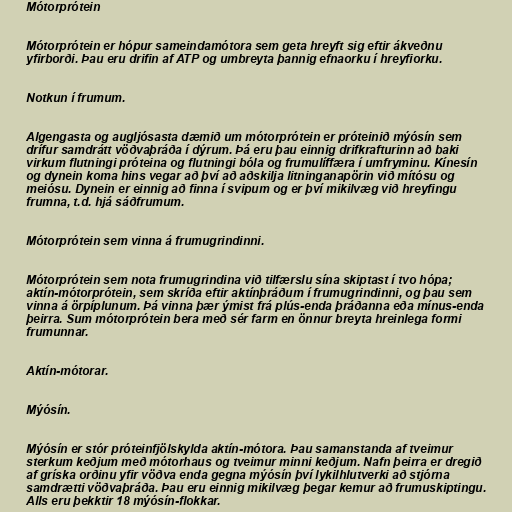
Mótorprótein

Mótorprótein er hópur sameindamótora sem geta hreyft sig eftir ákveðnu
yfirborði. Þau eru drifin af ATP og umbreyta þannig efnaorku í hreyfiorku.

Notkun í frumum.

Algengasta og augljósasta dæmið um mótorprótein er próteinið mýósín sem
drífur samdrátt vöðvaþráða í dýrum. Þá eru þau einnig drifkrafturinn að baki
virkum flutningi próteina og flutningi bóla og frumulíffæra í umfryminu. Kínesín
og dynein koma hins vegar að því að aðskilja litninganapörin við mítósu og
meiósu. Dynein er einnig að finna í svipum og er því mikilvæg við hreyfingu
frumna, t.d. hjá sáðfrumum.

Mótorprótein sem vinna á frumugrindinni.

Mótorprótein sem nota frumugrindina við tilfærslu sína skiptast í tvo hópa;
aktín-mótorprótein, sem skríða eftir aktínþráðum í frumugrindinni, og þau sem
vinna á örpíplunum. Þá vinna þær ýmist frá plús-enda þráðanna eða mínus-enda
þeirra. Sum mótorprótein bera með sér farm en önnur breyta hreinlega formi
frumunnar.

Aktín-mótorar.

Mýósín.

Mýósín er stór próteinfjölskylda aktín-mótora. Þau samanstanda af tveimur
sterkum keðjum með mótorhaus og tveimur minni keðjum. Nafn þeirra er dregið
af gríska orðinu yfir vöðva enda gegna mýósín því lykilhlutverki að stjórna
samdrætti vöðvaþráða. Þau eru einnig mikilvæg þegar kemur að frumuskiptingu.
Alls eru þekktir 18 mýósín-flokkar.